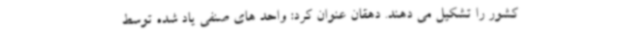
کشور را تشکیل می دهند. دهقان عنوان کرد: واحد های صنفی یاد شده توسط